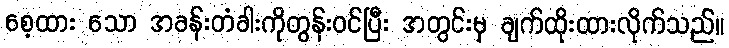
စေ့ထား သော အခန်းတံခါးကိုတွန်းဝင်ပြီး အတွင်းမှ ချက်ထိုးထားလိုက်သည်။